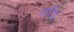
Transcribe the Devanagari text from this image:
अरिय